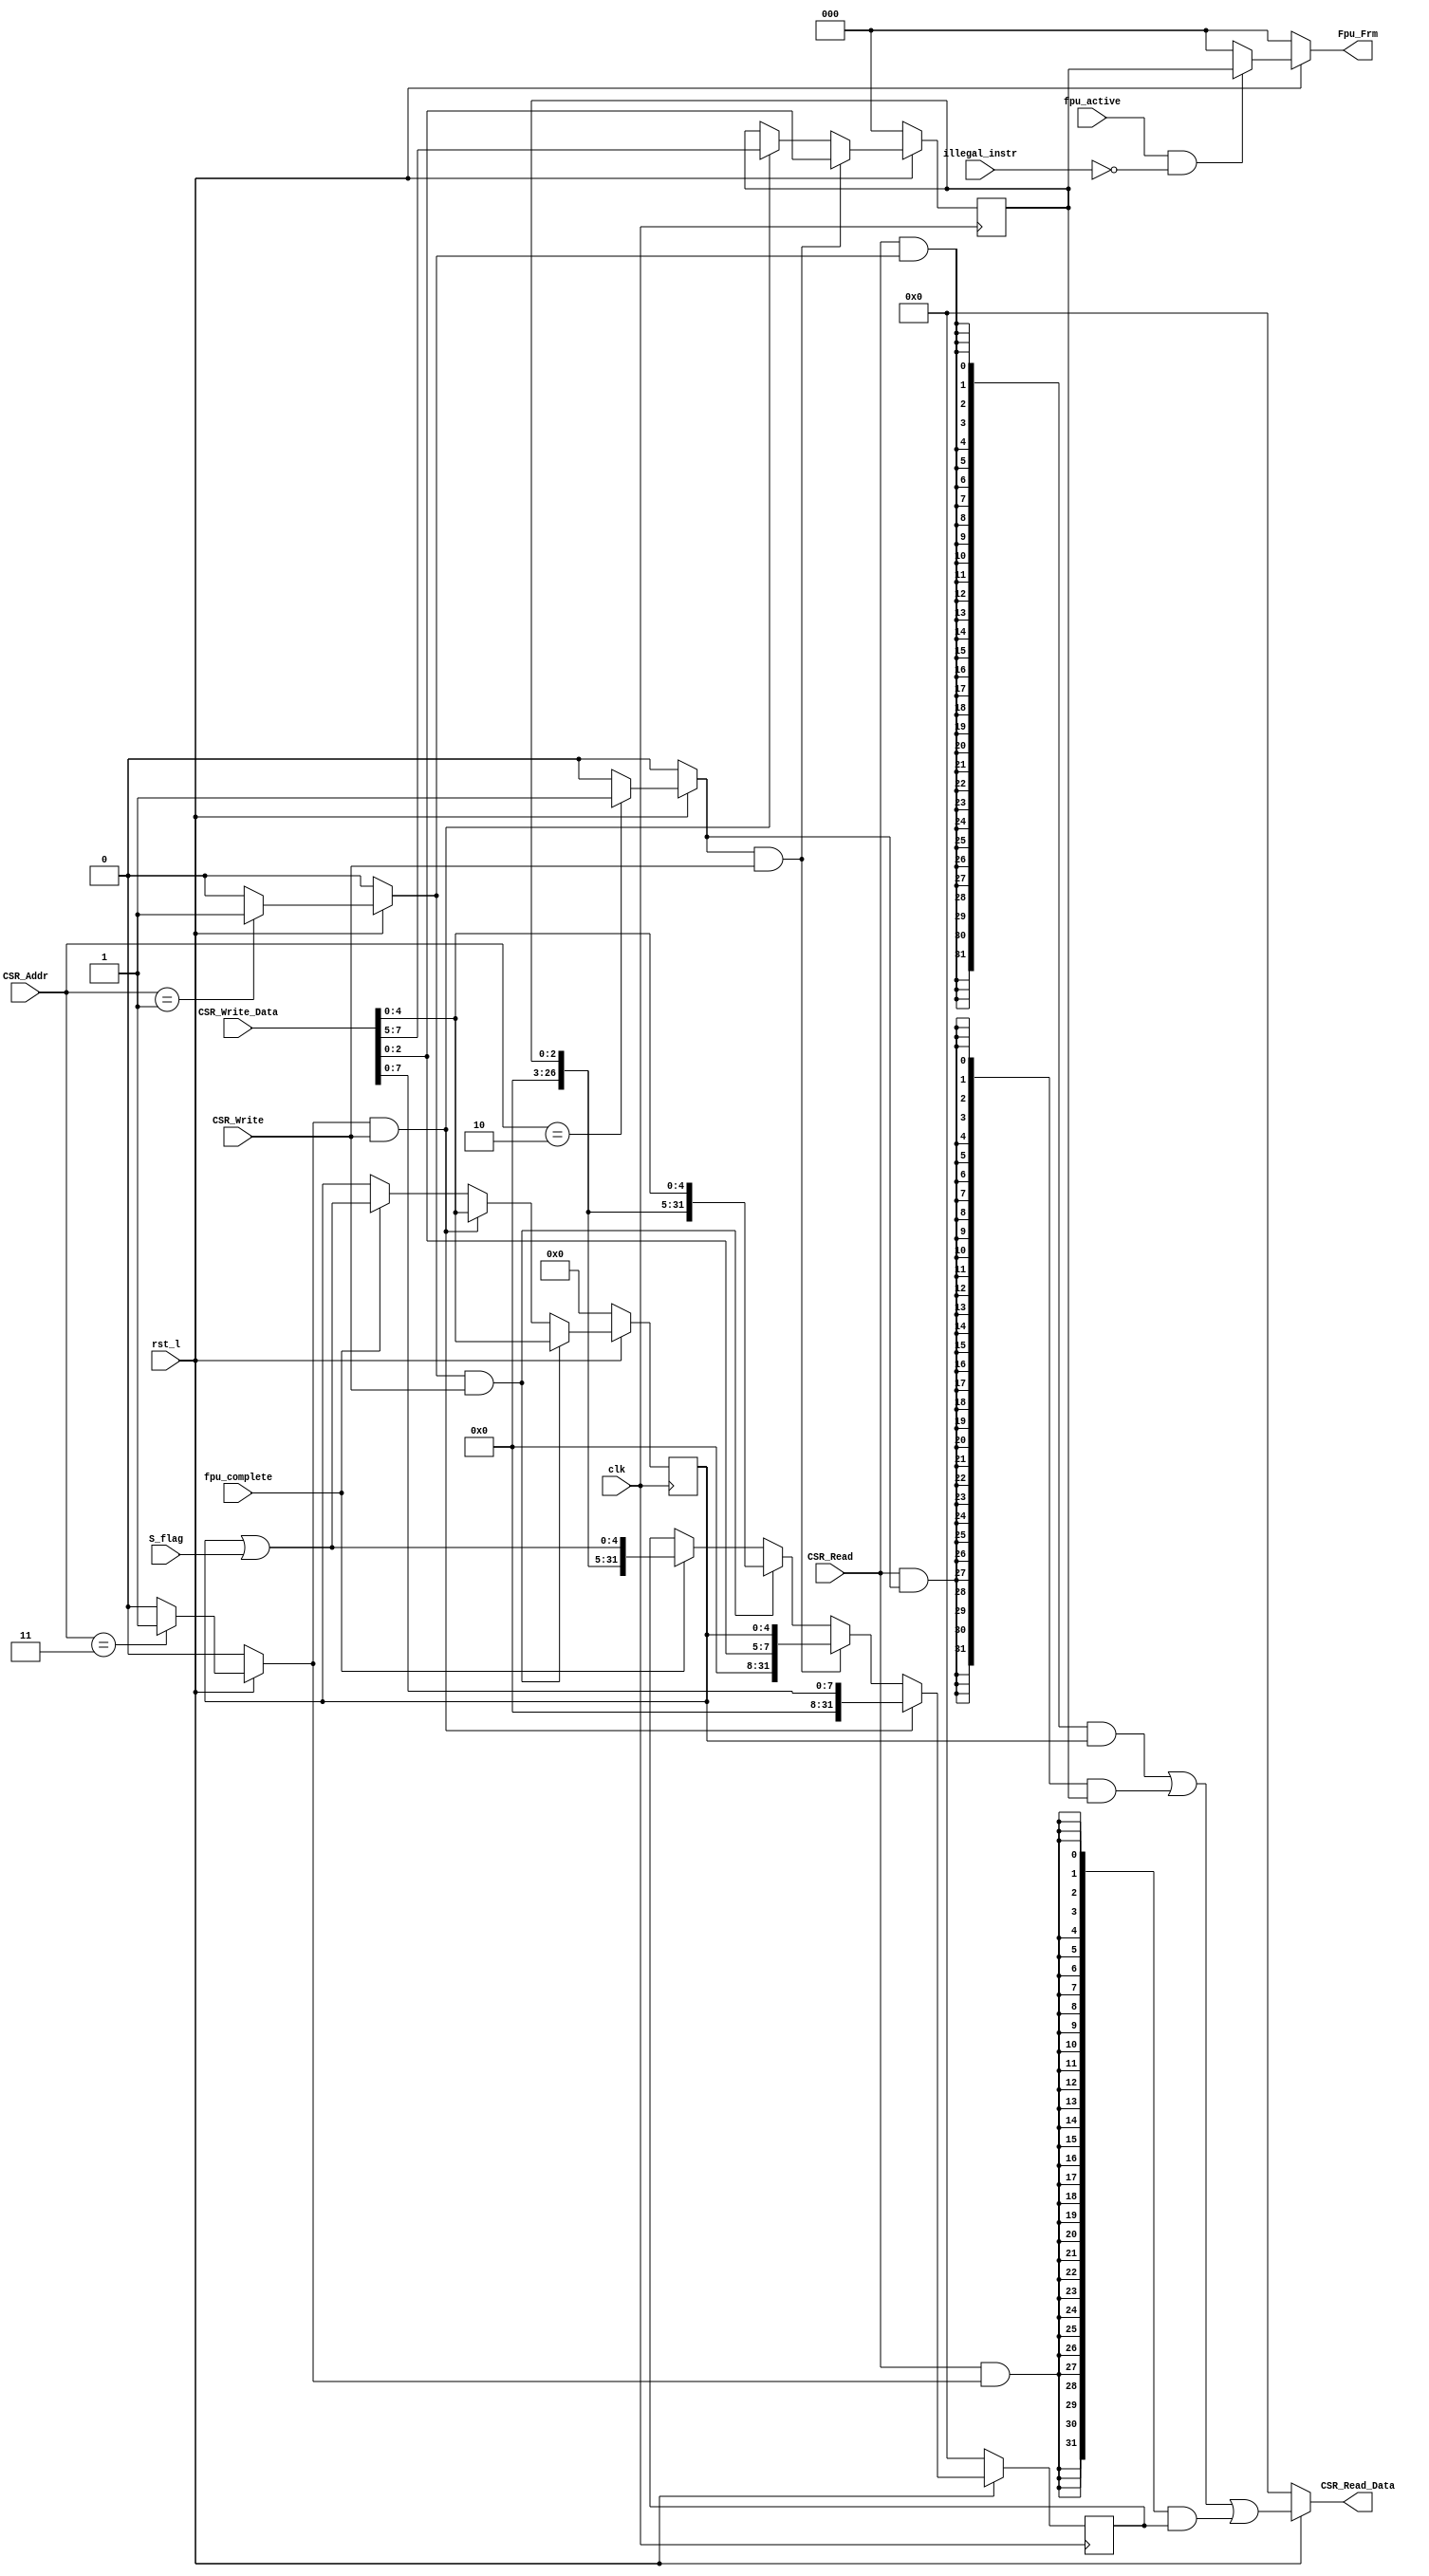
module FPU_CSR(clk,rst_l,CSR_Read,CSR_Write,CSR_Addr,CSR_Write_Data,CSR_Read_Data,S_flag,fpu_active,fpu_complete,illegal_instr,Fpu_Frm);
    input clk,rst_l,CSR_Write,CSR_Read,fpu_active,fpu_complete,illegal_instr;
    input [11:0]CSR_Addr;
    input [31:0]CSR_Write_Data;
    input [4:0]S_flag;
    output [31:0]CSR_Read_Data;
    output [2:0] Fpu_Frm;

    reg [4:0] fflag;
    reg [2:0] frm;
    reg [31:0]fcsr;
    wire fflag_w,frm_w,fcsr_w;

    assign fflag_w = (~rst_l) ? 1'b0 : (CSR_Addr == 12'h001) ? 1'b1 : 1'b0;
    assign frm_w = (~rst_l) ? 1'b0 : (CSR_Addr == 12'h002) ? 1'b1 : 1'b0;
    assign fcsr_w = (~rst_l) ? 1'b0 : (CSR_Addr == 12'h003) ? 1'b1 : 1'b0;
    assign CSR_Read_Data = (~rst_l) ? 32'h00000000 : (({32{(CSR_Read & fflag_w)}} & {27'h000000,fflag}) | 
                                                     ({32{(CSR_Read & frm_w)}} & {29'h0000000,frm}) | 
                                                     ({32{(CSR_Read & fcsr_w)}} & fcsr));
    assign Fpu_Frm = (~rst_l) ? 3'b000 : (fpu_active & (~illegal_instr)) ? frm : 3'b000;


    always @ (posedge clk)
    begin
        if (~rst_l)
        begin
            fflag <= 5'b00000;
            frm <= 3'b000;
            fcsr <= 32'h00000000;
        end

        else
        begin
            fflag <= (fflag_w & CSR_Write) ? CSR_Write_Data[4:0] : (fcsr_w & CSR_Write) ? CSR_Write_Data[4:0] : (fpu_complete) ? (fflag[4:0] | S_flag[4:0]) : fflag;
            frm <= (frm_w & CSR_Write) ? CSR_Write_Data[2:0] : (fcsr_w & CSR_Write) ? CSR_Write_Data[7:5] : frm;
            fcsr <= (fcsr_w & CSR_Write) ? {24'h00000,CSR_Write_Data[7:0]} : 
                    (frm_w & CSR_Write) ? ({24'h000000,CSR_Write_Data[2:0],fflag[4:0]}) : 
                    (fflag_w & CSR_Write) ? ({24'h000000,frm,CSR_Write_Data[4:0]}) : 
                    (fpu_complete) ? ({24'h000000,frm,(fflag[4:0] | S_flag[4:0])}) : fcsr;
        end
    end

endmodule